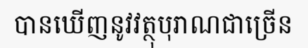
បានឃើញនូវវត្ថុបុរាណជាច្រើន